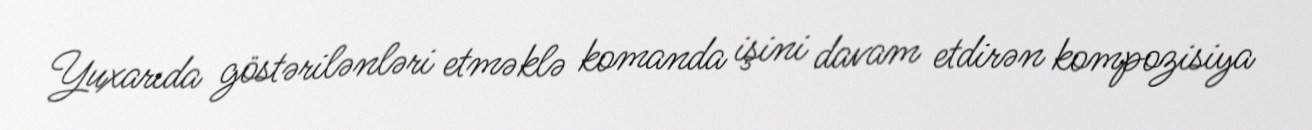
Yuxarıda göstərilənləri etməklə komanda işini davam etdirən kompozisiya